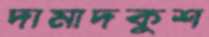
দামাদকুশ